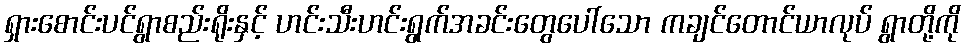
ရှားစောင်းပင်ရွာစည်းရိုးနှင့် ဟင်းသီးဟင်းရွက်အခင်းတွေပေါ်သော ကချင်တောင်ယာလုပ် ရွာတို့ကို